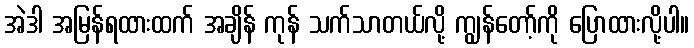
အဲဒါ အမြန်ရထားထက် အချိန် ကုန် သက်သာတယ်လို့ ကျွန်တော့်ကို ပြောထားလို့ပါ။